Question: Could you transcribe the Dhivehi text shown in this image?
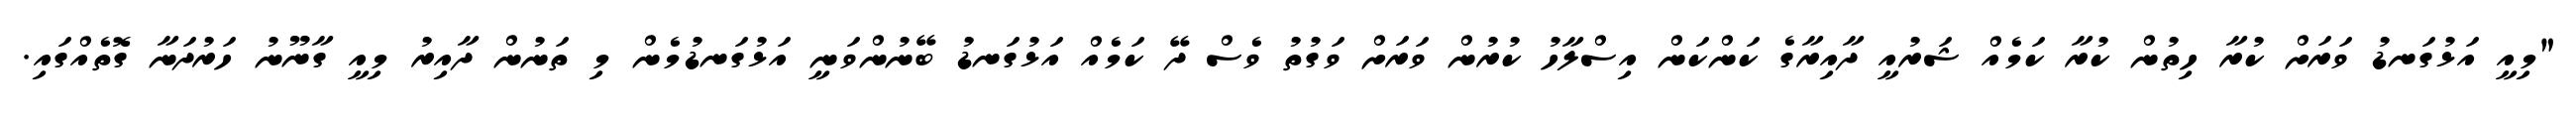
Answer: "މިއީ އަޅުގަނޑު ވަރަށް ކުރާ ހިތުން ކުރާ ކަމެއް ޝަރުއީ ދާއިރާގެ ކަންކަން އިސްލާހު ކުރުން ވަރަށް ވަގުތު ވެސް ދޭ ކަމެއް އަޅުގަނޑު ބޭނުންވަނީ އަޅުގަނޑުމެން މި ތަނުން ދާއިރު މިއީ ގާނޫނު ހަރުދަނާ ގޮތެއްގައި.